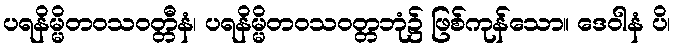
ပရနိမ္မိတဝသဝတ္တီနံ၊ ပရနိမ္မိတဝသဝတ္တဘုံ၌ ဖြစ်ကုန်သော။ ဒေဝါနံ ပိ၊